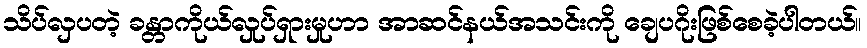
သိပ်လှပတဲ့ ခန္တာကိုယ်လှုပ်ရှားမှုဟာ အာဆင်နယ်အသင်းကို ချေပဂိုးဖြစ်စေခဲ့ပါတယ်။